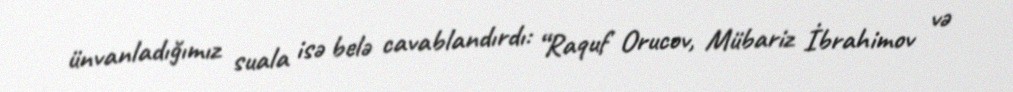
ünvanladığımız suala isə belə cavablandırdı: “Raquf Orucov, Mübariz İbrahimov və